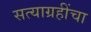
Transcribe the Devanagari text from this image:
सत्याग्रहींचा